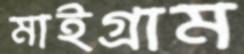
মাইগ্রাম